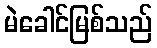
မဲခေါင်မြစ်သည်